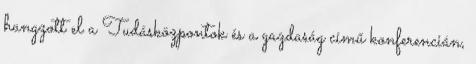
hangzott el a Tudásközpontok és a gazdaság című konferencián,